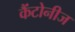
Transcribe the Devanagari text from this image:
कैंटोनीज